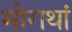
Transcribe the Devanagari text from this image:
मोगथां